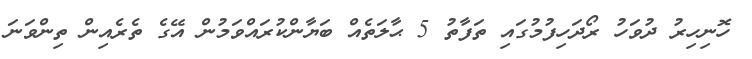
ހޮނިހިރު ދުވަހު ރޯދަހިފުމުގައި ތަފާތު 5 ޙާލަތެއް ބަޔާންކުރައްވަމުން އޭގެ ތެރެއިން ތިންވަނަ